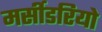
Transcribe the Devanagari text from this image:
मर्सीडरियो